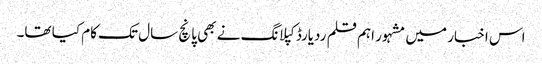
اس اخبار میں مشہور اہم قلم ردیارڈ کپلانگ نے بھی پانچ سال تک کام کیا تھا۔